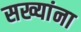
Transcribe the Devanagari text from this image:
सख्यांना